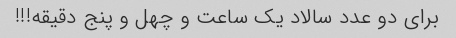
برای دو عدد سالاد یک ساعت و چهل و پنج دقیقه!!!